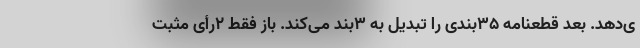
ی‌دهد. بعد قطعنامه ۳۵بندی را تبدیل به ۳بند می‌کند. باز فقط ۲رأی مثبت